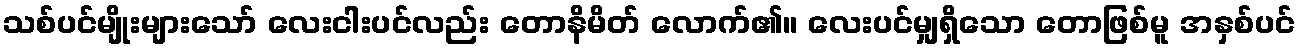
သစ်ပင်မျိုးများသော် လေးငါးပင်လည်း တောနိမိတ် လောက်၏။ လေးပင်မျှရှိသော တောဖြစ်မူ အနှစ်ပင်